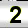
Digit: 2